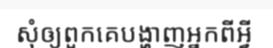
សុំឲ្យពួកគេបង្ហាញអ្នកពីអ្វី